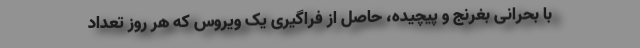
با بحرانی بغرنج و پیچیده، حاصل از فراگیری یک ویروس که هر روز تعداد